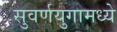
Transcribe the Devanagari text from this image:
सुवर्णयुगामध्ये